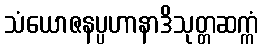
သံယောဇနပ္ပဟာနာဒိသုတ္တဆက္ကံ